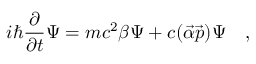
i \hbar \frac { \partial } { \partial t } \Psi = m c ^ { 2 } \beta \Psi + c ( \vec { \alpha } \vec { p } ) \Psi \quad ,